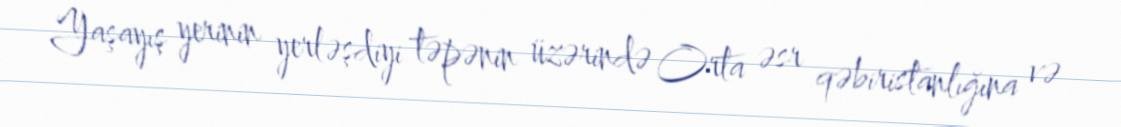
Yaşayış yerinin yerləşdiyi təpənin üzərində Orta əsr qəbiristanlığına və